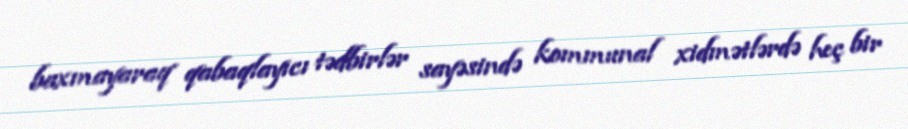
baxmayaraq qabaqlayıcı tədbirlər sayəsində kommunal xidmətlərdə heç bir